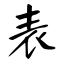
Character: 表